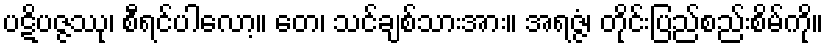
ပဋိပဇ္ဇဿု၊ စီရင်ပါလော့။ တေ၊ သင်ချစ်သားအား။ အရဇ္ဇံ၊ တိုင်းပြည်စည်းစိမ်ကို။